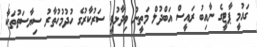
ގައުމީ ޕާޓީގެ ނާއިބު ރައީސް އަބްދުލް މަތީނު ވިދާޅުވީ ސަރުކާރުގެ ހުދުމުހުތާރު ސިޔާސަތުތަކާ